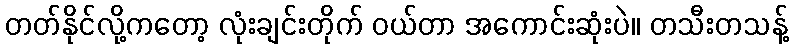
တတ်နိုင်လို့ကတော့ လုံးချင်းတိုက် ဝယ်တာ အကောင်းဆုံးပဲ။ တသီးတသန့်